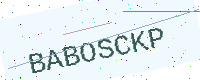
Text: BABOSCKP